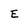
Character: E